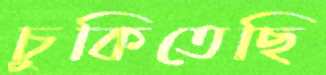
চুকিতেছি